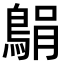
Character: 𫚼